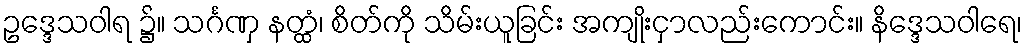
ဥဒ္ဒေသဝါရ ၌။ သင်္ဂဏှ နတ္ထံ၊ စိတ်ကို သိမ်းယူခြင်း အကျိုးငှာလည်းကောင်း။ နိဒ္ဒေသဝါရေ၊